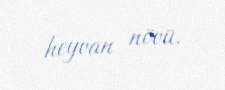
heyvan növü.